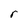
Character: r